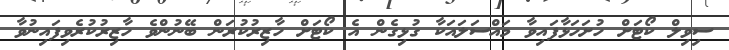
ސިވިލް ކޯޓަށް ހުށަހަޅާފައިވާ މައްސަލައަކާ ގުޅިގެން އެ ކޯޓަށް ހާޒިރުކުރަން ބޭނުންވެ ހާޒިރުކުރެވިފައިނުވާ